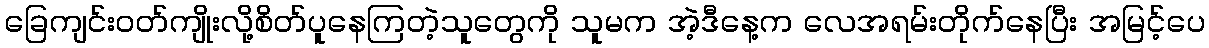
ခြေကျင်းဝတ်ကျိုးလို့စိတ်ပူနေကြတဲ့သူတွေကို သူမက အဲ့ဒီနေ့က လေအရမ်းတိုက်နေပြီး အမြင့်ပေ